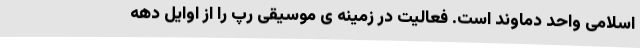
اسلامی واحد دماوند است. فعالیت در زمینه ی موسیقی رپ را از اوایل دهه